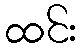
ထင်း